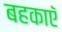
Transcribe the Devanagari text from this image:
बहकाएॅ